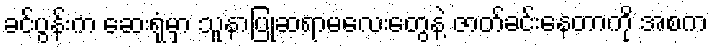
ခင်ပွန်းက ဆေးရုံမှာ သူနာပြုဆရာမလေးတွေနဲ့ ဇာတ်ခင်းနေတာကို အစက